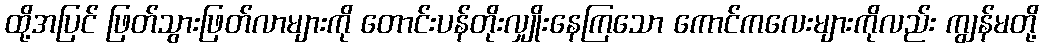
ထို့အပြင် ဖြတ်သွားဖြတ်လာများကို တောင်းပန်တိုးလျှိုးနေကြသော ကောင်ကလေးများကိုလည်း ကျွန်မတို့